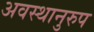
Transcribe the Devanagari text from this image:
अवस्थानुरुप